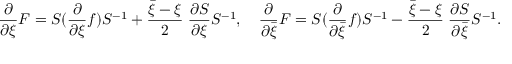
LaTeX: \frac { \partial } { \partial \xi } F = S ( \frac { \partial } { \partial \xi } f ) S ^ { - 1 } + \frac { \bar { \xi } - \xi } { 2 } \; \frac { \partial S } { \partial \xi } S ^ { - 1 } , \quad \frac { \partial } { \partial \bar { \xi } } F = S ( \frac { \partial } { \partial \bar { \xi } } f ) S ^ { - 1 } - \frac { \bar { \xi } - \xi } { 2 } \; \frac { \partial S } { \partial \bar { \xi } } S ^ { - 1 } .